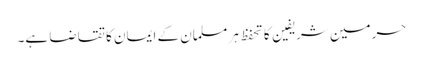
حرمین شریفین کا تحفظ ہر مسلمان کے ایمان کا تقاضا ہے۔